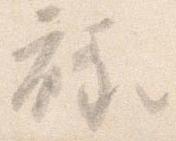
禄